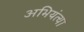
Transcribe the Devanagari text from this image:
अभियंत्या